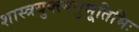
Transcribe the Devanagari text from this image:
शास्त्रयुक्त्यनुभूतिभिः